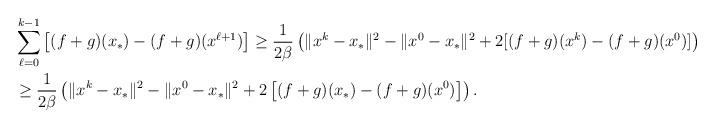
\begin{align*}&\sum_{\ell=0}^{k-1}\left[(f+g)(x_*)-(f+g)(x^{\ell+1})\right]\ge\frac{1}{2\beta}\left(\|x^{k}-x_*\|^2-\|x^0-x_*\|^2+2[(f+g)(x^{k})-(f+g)(x^{0})]\right)\\&\ge\frac{1}{2\beta}\left(\|x^{k}-x_*\|^2-\|x^0-x_*\|^2+2\left[(f+g)(x_*)-(f+g)(x^{0})\right]\right).\end{align*}